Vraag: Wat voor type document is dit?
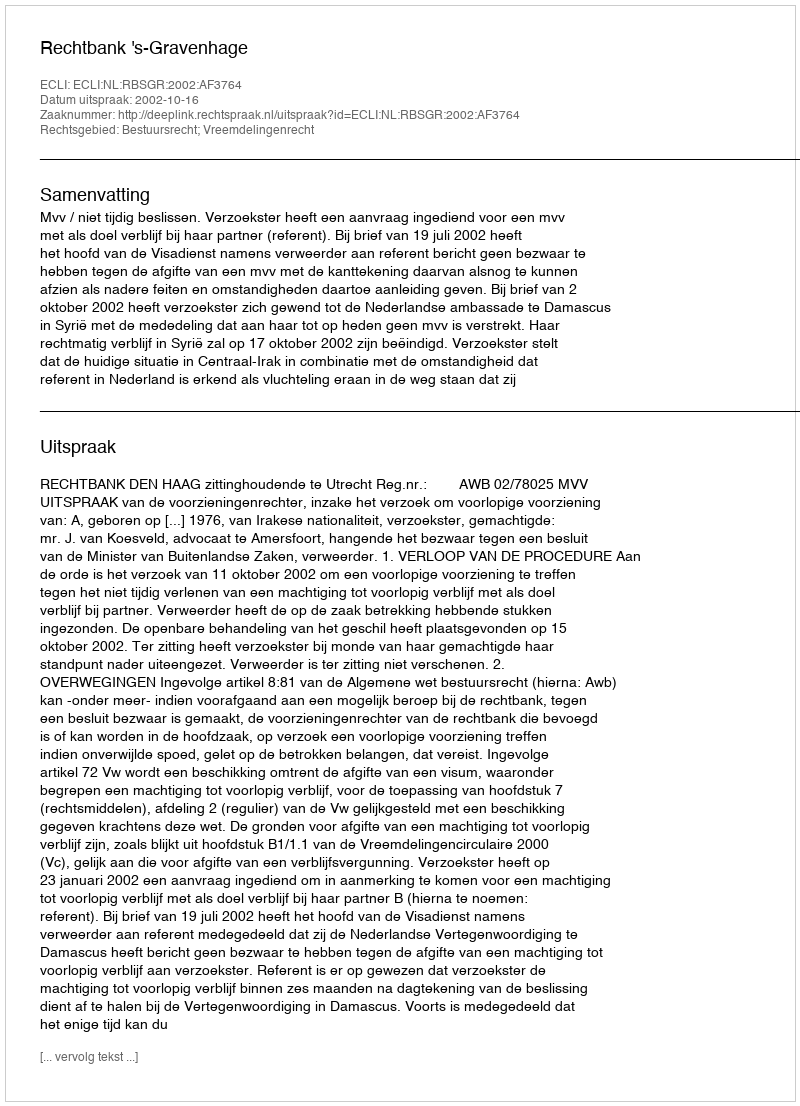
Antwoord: Uitspraak